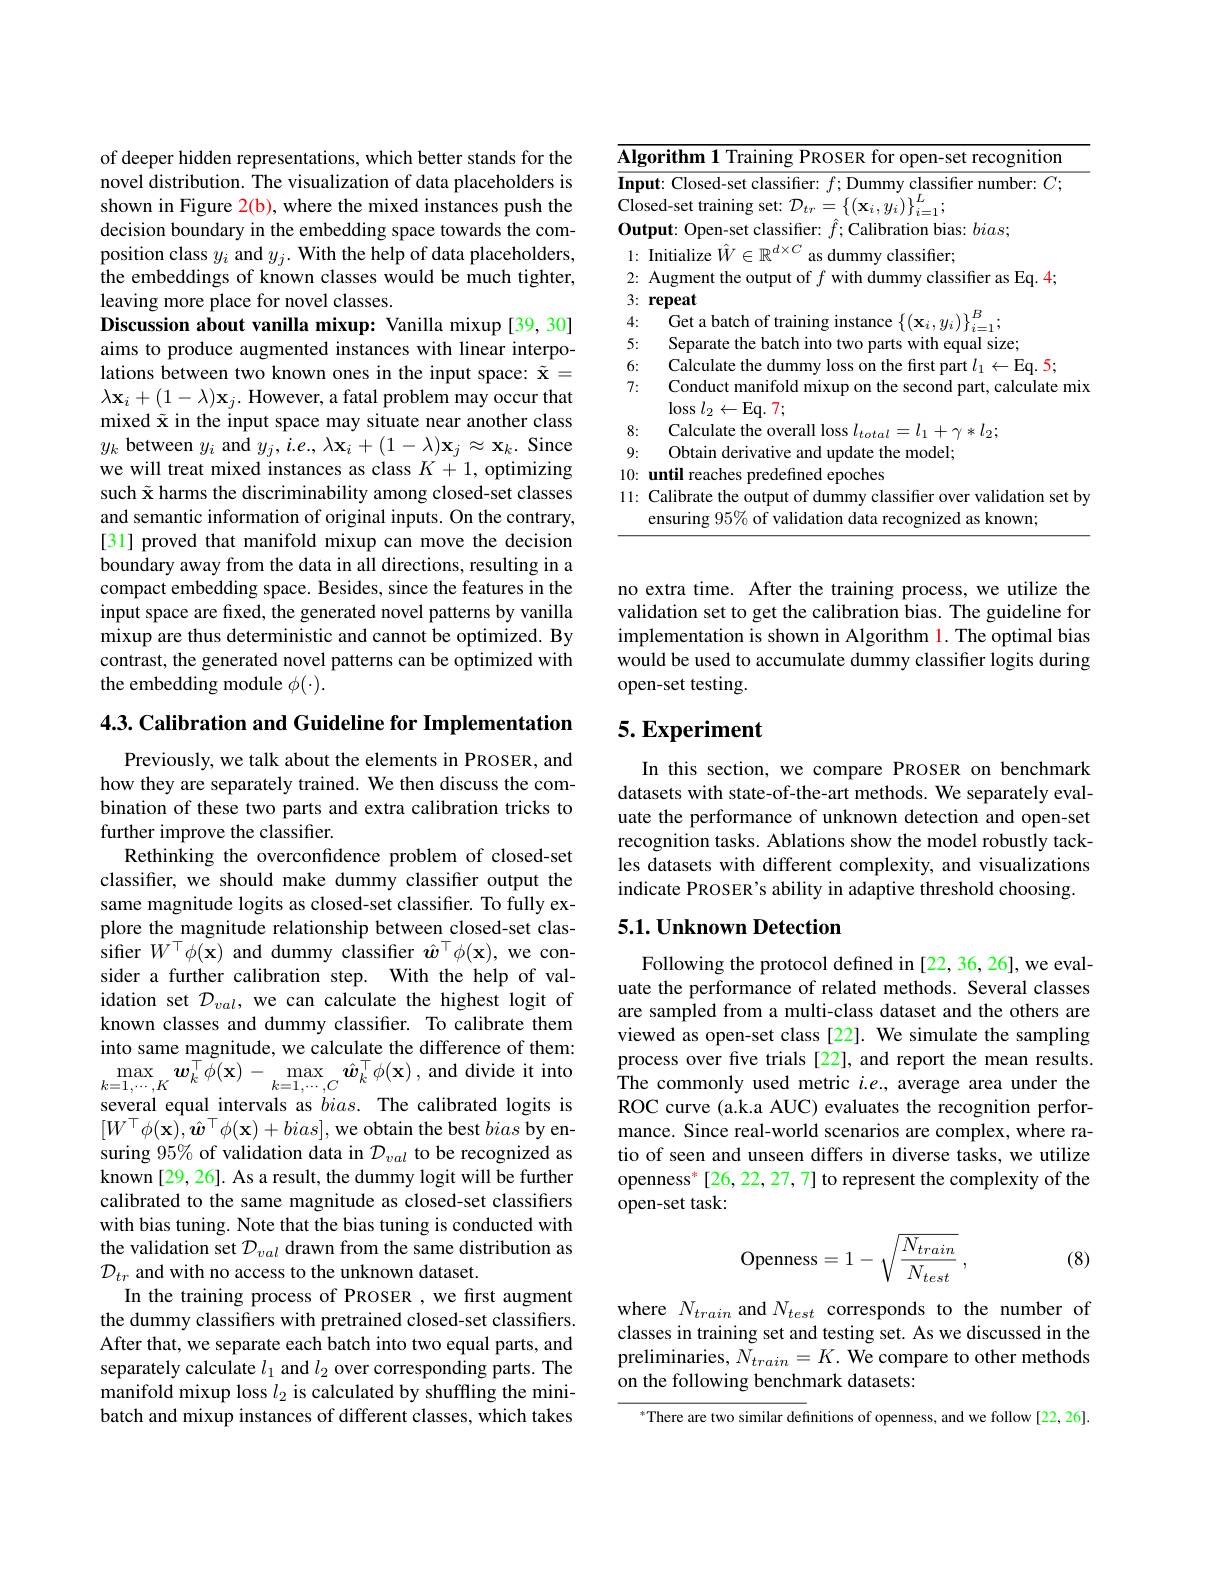
of deeper hidden representations, which better stands for the novel distribution. The visualization of data placeholders is shown in Figure 2(b), where the mixed instances push the decision boundary in the embedding space towards the composition class $y_i$ and $y_j. \textbf{With the help of data placeholders}$, the embeddings of known classes would be much tighter, leaving more place for novel classes.
Discussion about vanilla mixup: Vanilla mixup [39,30] aims to produce augmented instances with linear interpolations between two known ones in the input space: $\tilde{\mathbf{x}}=$ $\lambda\mathbf{x}_{i}+(1-\lambda)\mathbf{x}_{j}.$ However, a fatal problem may occur that mixed $\tilde{\mathbf{x}}$ in the input space may situate near another class $y_{k}$ between $y_i$ and $y_j,i.e.,\lambda\mathbf{x}_i+(1-\lambda)\mathbf{x}_j\approx\mathbf{x}_k.$ Since we will treat mixed instances as class $K+1$, optimizing such $\tilde{\mathbf{x}}$ harms the discriminability among closed-set classes and semantic information of original inputs. On the contrary, [31] proved that manifold mixup can move the decision boundary away from the data in all directions, resulting in a compact embedding space. Besides, since the features in the input space are fixed, the generated novel patterns by vanilla mixup are thus deterministic and cannot be optimized. By contrast, the generated novel patterns can be optimized with the embedding module $\phi(\cdot).$

$4. 3. \textbf{ Calibration and Guideline for Implementation}$

Previously, we talk about the elements in PROSER, and how they are separately trained. We then discuss the combination of these two parts and extra calibration tricks to further improve the classifier.
Rethinking the overconfidence problem of closed-set classifer, we should make dummy classifier output the same magnitude logits as closed-set classiffer. To fully explore the\_ magnitude relationship between closed-set classifier $W^{\top}\phi(\tilde{\mathbf{x}})$ and dummy classifier $\hat{\boldsymbol{w}}^{\top}\phi(\mathbf{x})$, we consider a further calibration step. With the help of validation set $\mathcal{D}_val$, we can calculate the highest logit of known classes and dummy classifer. To calibrate them into same magnitude, we calculate the difference of them: $\operatorname*{max}_{k=1,\cdots,K}\boldsymbol{w}_{k}^{\top}\tilde{\phi}(\mathbf{x})-\operatorname*{max}_{k=1,\cdots,C}\hat{\boldsymbol{w}}_{k}^{\top}\phi(\mathbf{x})$,and divide it into several equal intervals as $bias.$ The calibrated logits is $[W^{\top}\phi(\mathbf{x}),\hat{\boldsymbol{w}}^{\top}\phi(\mathbf{x})+bias]$, we obtain the best bias by ensuring 95% of validation data in $\mathcal{D}_val$ to be recognized as known [29, 26]. As a result, the dummy logit will be further calibrated to the same magnitude as closed-set classifiers with bias tuning. Note that the bias tuning is conducted with the validation set $D_val$ drawn from the same distribution as $\mathcal{D}_{tr}$ and with no access to the unknown dataset.
In the training process of PROSER ,we first augment the dummy classifiers with pretrained closed-set classifiers. After that, we separate each batch into two equal parts, and separately calculate $l_1$ and $l_2$ over corresponding parts. The manifold mixup loss $l_2$ is calculated by shuffling the minibatch and mixup instances of different classes, which takes

<table>
	<tbody>
		<tr>
			<td>$\overline{\mathbf{Alg}}$</td>
			<td>recognition orithm</td>
		</tr>
		<tr>
			<td>$\overline{\mathbf{Inp}}$ 1 1 1</td>
			<td>11</td>
		</tr>
		<tr>
			<td>Clo </td>
			<td> </td>
		</tr>
		<tr>
			<td>$0_{1}$ $1\mathbf{u}^{\prime}$</td>
			<td>$:bias$</td>
		</tr>
		<tr>
			<td>1: -</td>
			<td>$md\times C$ lnitialize 1/4/ as $\because1$ dumm classifier:</td>
		</tr>
		<tr>
			<td>2:</td>
			<td>$\because as$ 4</td>
		</tr>
		<tr>
			<td>3:</td>
			<td>repeat</td>
		</tr>
		<tr>
			<td>4:</td>
			<td>Cret a hatch</td>
		</tr>
		<tr>
			<td>5:</td>
			<td>Senarate With POLIAI SIZE</td>
		</tr>
		<tr>
			<td>6:</td>
			<td>$\leftarrow$Fa. 5 nart $n_{2}$</td>
		</tr>
		<tr>
			<td>7:</td>
			<td>Conduct manifold mixup on the second part, calculate mix $\operatorname{loss}l_{2}\leftarrow\operatorname{Eq.}7;$</td>
		</tr>
		<tr>
			<td>8:</td>
			<td>Calculate 1*12</td>
		</tr>
		<tr>
			<td>9:</td>
			<td>$0htair$ derivatu d update the model;</td>
		</tr>
		<tr>
			<td>10:</td>
			<td>until reache redefined epoches</td>
		</tr>
		<tr>
			<td>11:</td>
			<td>Calibrate the output of dummy classifier over validation set by ensuring $95\%$ of validation data recognized as known;</td>
		</tr>
	</tbody>
</table>

no extra time. After the training process, we utilize the validation set to get the calibration bias. The guideline for implementation is shown in Algorithm $\color{red}{1.\text{The optimal bias}}$ would be used to accumulate dummy classifter logits during open-set testing.

## $5.Experiment$

In this section, we compare PROSER on benchmark datasets with state-of-the-art methods. We separately evaluate the performance of unknown detection and open-set recognition tasks. Ablations show the model robustly tackles datasets with different complexity, and visualizations indicate PROSER's ability in adaptive threshold choosing.

## 5.1. Unknown Detection

Following the protocol defined in [22,36,26], we evaluate the performance of related methods. Several classes are sampled from a multi-class dataset and the others are viewed as open-set class [22]. We simulate the sampling process over five trials [22], and report the mean results. The commonly used metric $i.e.$, average area under the ROC curve (a.k.a AUC) evaluates the recognition performance. Since real-world scenarios are complex, where ratio of seen and unseen differs in diverse tasks, we utilize openness$^*$[26,22,27,7] to represent the complexity of the open-set task:
$$\text{Openness}=1-\sqrt{\frac{N_{train}}{N_{test}}}\:,$$
(8)

where $N_{train}$ and $N_{test}$ corresponds to the number of classes in training set and testing set. As we discussed in the preliminaries, $N_train=K.$ We compare to other methods on the following benchmark datasets:

$^*$There are two similar definitions of openness, and we follow [22,26].